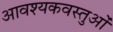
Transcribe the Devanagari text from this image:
आवश्यकवस्तुओं